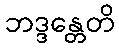
ဘဒ္ဒန္တေတိ